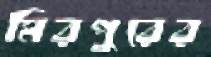
মিরপুরের